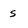
Character: s